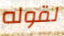
لقوله